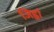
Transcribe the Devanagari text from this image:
जिह्वां